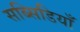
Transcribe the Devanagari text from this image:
सब्सिडियाँ